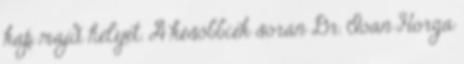
kap majd helyet. A későbbiek során Dr. Ioan Horga